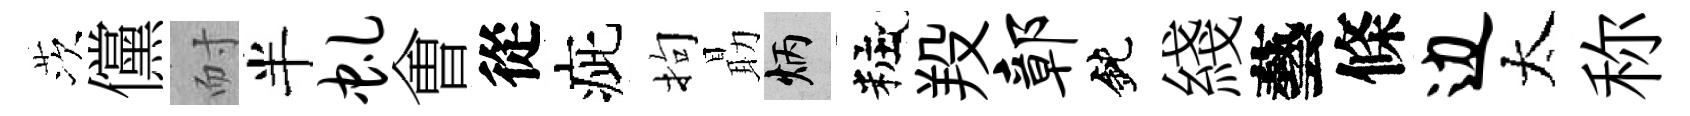
茨儻耐半虬㑹從疵拘朂炳粧羖鄣鈍綫藝條边太称